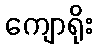
ကျောရိုး